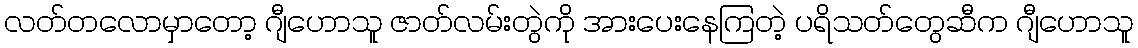
လတ်တလောမှာတော့ ဂျီဟောသူ ဇာတ်လမ်းတွဲကို အားပေးနေကြတဲ့ ပရိသတ်တွေဆီက ဂျီဟောသူ